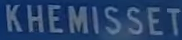
KHEMISSET